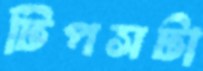
টিপসটা